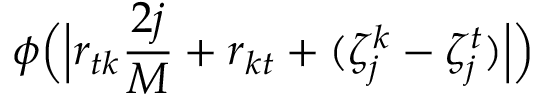
\phi \Bigl ( \Bigl | r _ { t k } \frac { 2 j } { M } + r _ { k t } + ( \zeta _ { j } ^ { k } - \zeta _ { j } ^ { t } ) \Bigr | \Bigr )